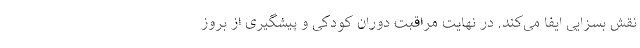
نقش بسزایی ایفا می‌کند. در نهایت مراقبت دوران کودکی و پیشگیری از بروز